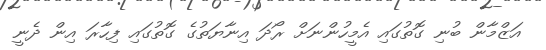
އަޒްމާން ބުނި ގޮތުގައި އެމީހުންނަށް ރޯދަ އިނާޔަތުގެ ގޮތުގައި ފިހާރަ އިން ދެނީ